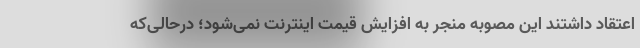
اعتقاد داشتند این مصوبه منجر به افزایش قیمت اینترنت نمی‌شود؛ درحالی‌که